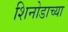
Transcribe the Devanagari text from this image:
शिनोडाच्या